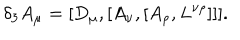
LaTeX: \delta _ { 3 } A _ { \mu } = [ D _ { \mu } , [ A _ { \nu } , [ A _ { \rho } , L ^ { \nu \rho } ] ] ] .